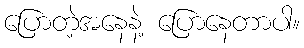
ပြောတဲ့အနေနဲ့ ပြောနေတာပါ။